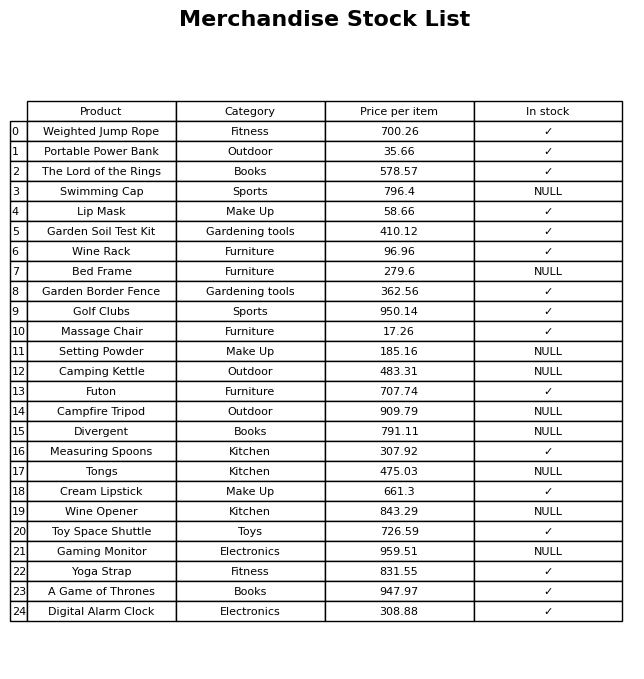
question: What is the stock status of the Weighted Jump Rope?
answer: ✓